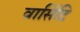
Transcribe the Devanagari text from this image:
वार्सिटि